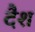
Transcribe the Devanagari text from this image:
दैश